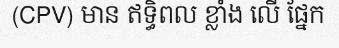
(CPV) មាន ឥទ្ធិពល ខ្លាំង លើ ផ្នែក